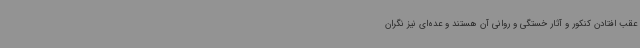
عقب افتادن کنکور و آثار خستگی و روانی آن هستند و عده‌ای نیز نگران